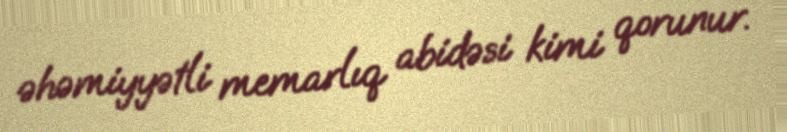
əhəmiyyətli memarlıq abidəsi kimi qorunur.